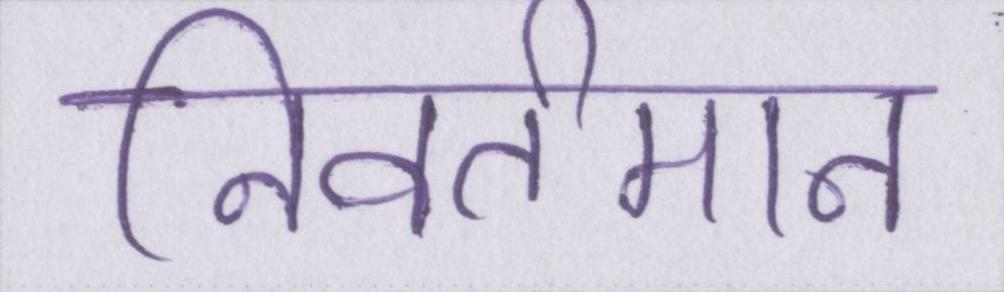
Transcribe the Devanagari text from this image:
निवर्तमान